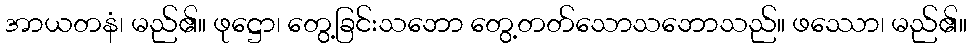
အာယတနံ၊ မည်၏။ ဖုဋ္ဌော၊ တွေ့ခြင်းသဘော တွေ့တတ်သောသဘောသည်။ ဖဿော၊ မည်၏။